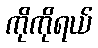
ကိုကိုရယ်